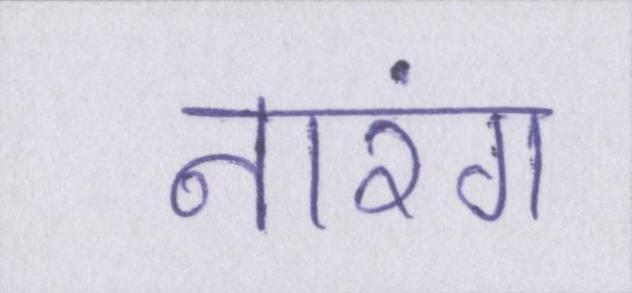
नारंग